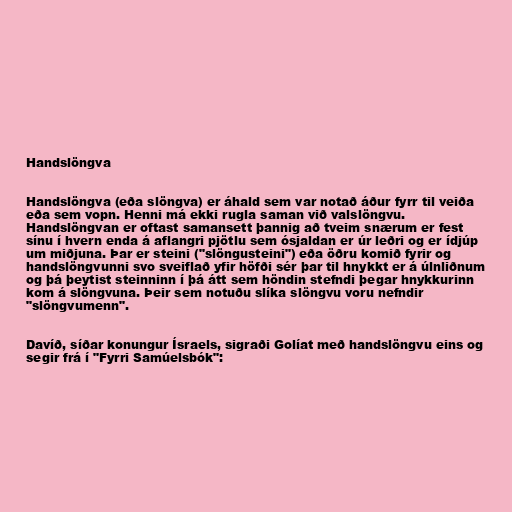
Handslöngva

Handslöngva (eða slöngva) er áhald sem var notað áður fyrr til veiða
eða sem vopn. Henni má ekki rugla saman við valslöngvu.
Handslöngvan er oftast samansett þannig að tveim snærum er fest
sínu í hvern enda á aflangri pjötlu sem ósjaldan er úr leðri og er ídjúp
um miðjuna. Þar er steini ("slöngusteini") eða öðru komið fyrir og
handslöngvunni svo sveiflað yfir höfði sér þar til hnykkt er á úlnliðnum
og þá þeytist steinninn í þá átt sem höndin stefndi þegar hnykkurinn
kom á slöngvuna. Þeir sem notuðu slíka slöngvu voru nefndir
"slöngvumenn".

Davíð, síðar konungur Ísraels, sigraði Golíat með handslöngvu eins og
segir frá í "Fyrri Samúelsbók":